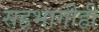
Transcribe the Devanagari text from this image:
सहभागीही